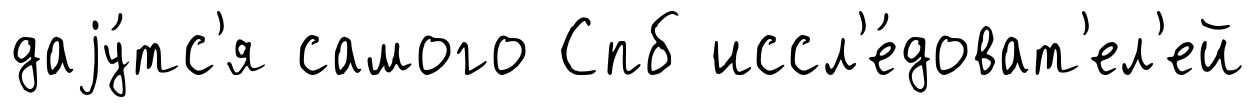
даjу́тс'я самого Спб иссл'е́доват'ел'ей